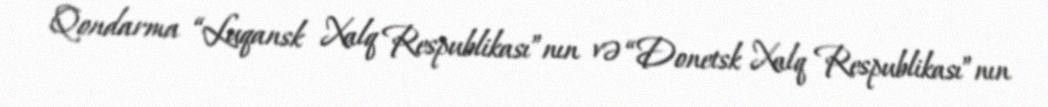
Qondarma “Luqansk Xalq Respublikası”nın və “Donetsk Xalq Respublikası”nın